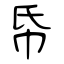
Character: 帋